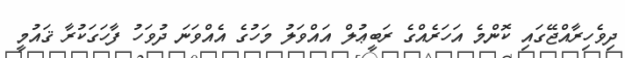
ދިވެހިރާއްޖޭގައި ކޮންމެ އަހަރެއްގެ ރަބީޢުލް އައްވަލު މަހުގެ އެއްވަނަ ދުވަހު ފާހަގަކުރާ ޤައުމީ